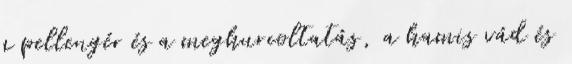
a pellengér és a meghurcoltatás, a hamis vád és